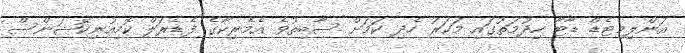
އަންލިމިޓެޑް ޑާޓާ ހިދުމަތުގައި މަކަރު ހެދި ކަމަށް ސާބިތުވެ އެމެރިކާގެ ފެޑެރަލް ކޮމިއުނިކޭޝަންސް